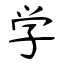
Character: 学